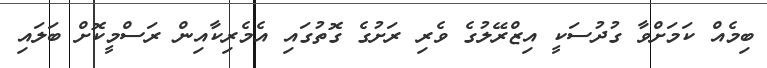
ބިމެއް ކަމަށްވާ ގުދުސަކީ އިޒްރޭލުގެ ވެރި ރަށުގެ ގޮތުގައި އެމެރިކާއިން ރަސްމީކޮށް ބަލައި